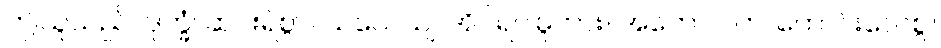
ဤသူသည်။ ဒုက္ခံ၊ ဆင်းရဲစွာ။ သယေယျ၊ အိပ်ရပါမူကား။ အဟော ဝတ၊ ကောင်းလေစွ။